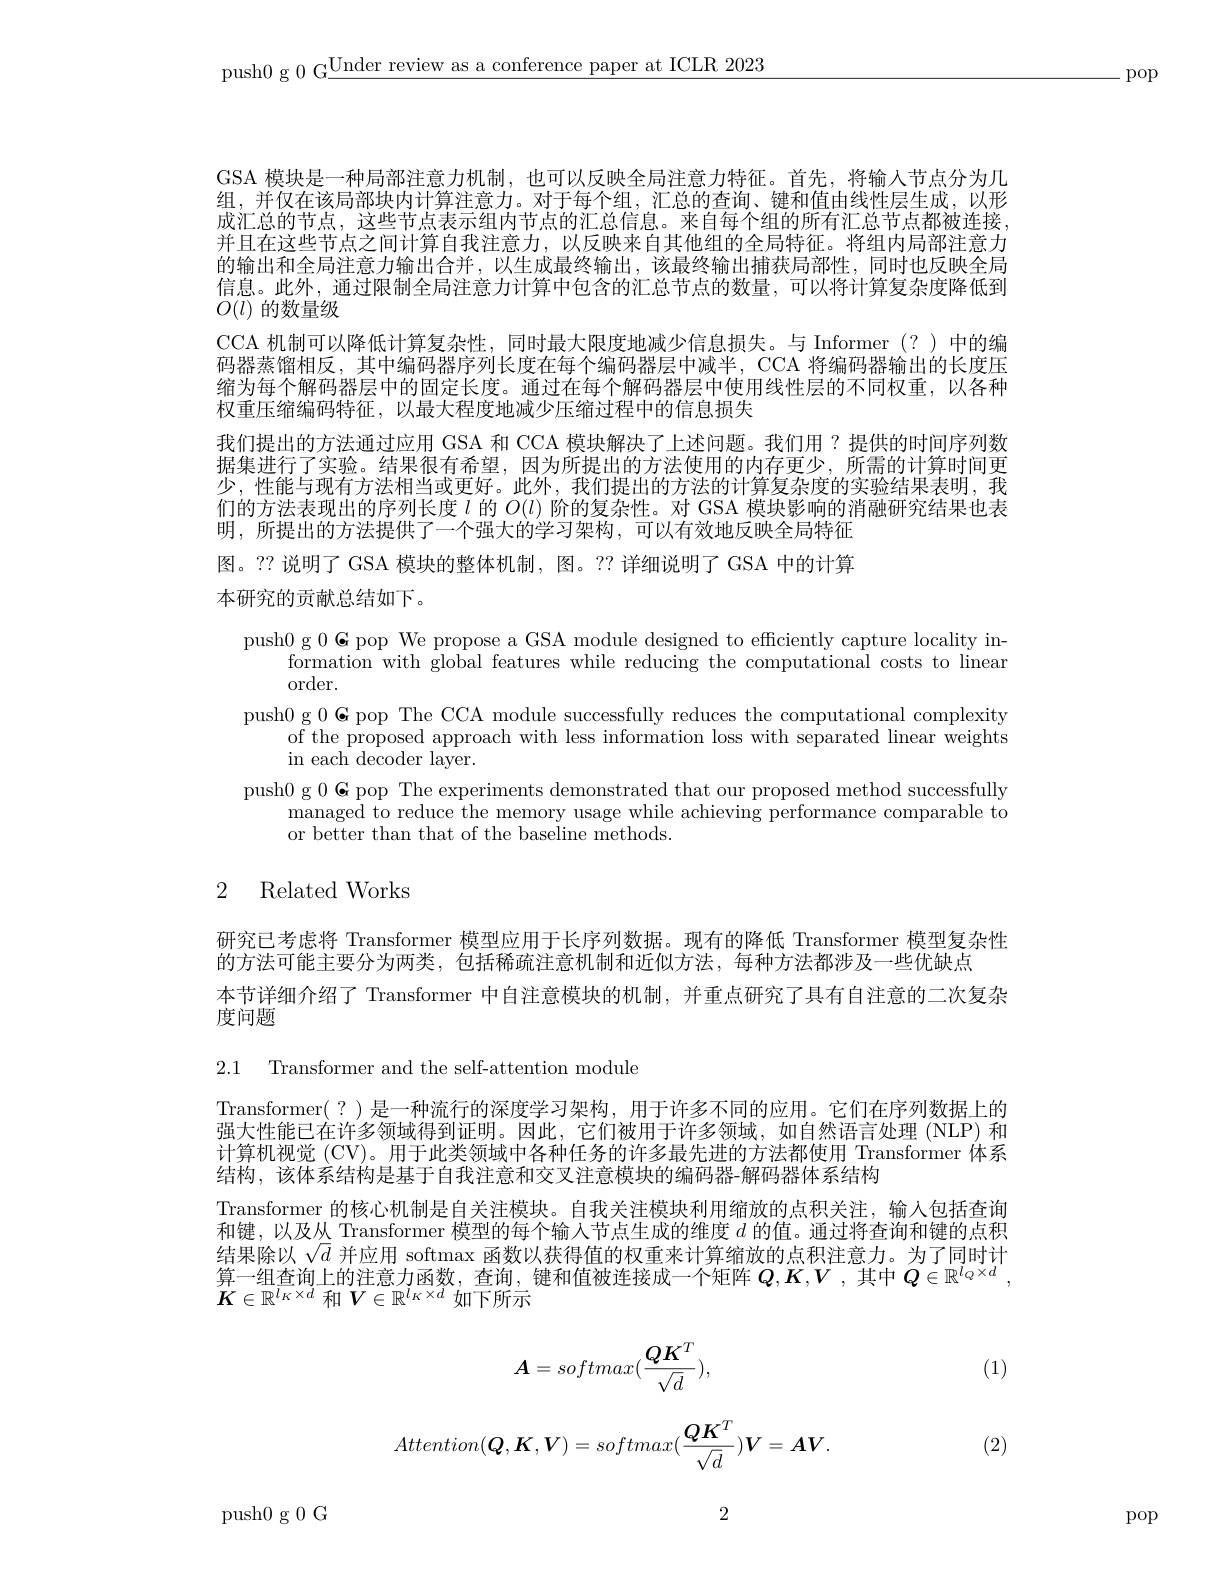
push0 g 0 G$\underline\text{Under review as a conference paper at ICLR 2023}$

-pop

GSA 模块是一种局部注意力机制，也可以反映全局注意力特征。首先，将输入节点分为几组，并仅在该局部块内计算注意力。对于每个组，汇总的查询、键和值由线性层生成，以形成汇总的节点，这些节点表示组内节点的汇总信息。来自每个组的所有汇总节点都被连接， 并且在这些节点之间计算自我注意力，以反映来自其他组的全局特征。将组内局部注意力的输出和全局注意力输出合并，以生成最终输出，该最终输出捕获局部性，同时也反映全局信息。此外，通过限制全局注意力计算中包含的汇总节点的数量，可以将计算复杂度降低到$O(l)$的数量级
CCA 机制可以降低计算复杂性，同时最大限度地减少信息损失。与 Informer(?)中的编码器蒸馏相反，其中编码器序列长度在每个编码器层中减半，CCA 将编码器输出的长度压缩为每个解码器层中的固定长度。通过在每个解码器层中使用线性层的不同权重，以各种权重压缩编码特征，以最大程度地减少压缩过程中的信息损失
我们提出的方法通过应用 GSA 和 CCA 模块解决了上述问题。我们用？提供的时间序列数据集进行了实验。结果很有希望，因为所提出的方法使用的内存更少，所需的计算时间更少，性能与现有方法相当或更好。此外，我们提出的方法的计算复杂度的实验结果表明，我们的方法表现出的序列长度$l$的$O(l)$阶的复杂性。对 GSA 模块影响的消融研究结果也表明，所提出的方法提供了一个强大的学习架构，可以有效地反映全局特征图。?? 说明了 GSA 模块的整体机制，图。?? 详细说明了 GSA 中的计算本研究的贡献总结如下。

push0 g 0 G pop We propose a GSA module designed to effciently capture locality in-
formation with global features while reducing the computational costs to linear
order.
push0 g $0\textbf{G pop The CCA module successfully reduces the computational complexity}$
of the proposed approach with less information loss with separated linear weights
in each decoder layer.
push0 g $0\textbf{G pop The experiments demonstrated that our proposed method successfully}$
managed to reduce the memory usage while achieving performance comparable to
or better than that of the baseline methods.

# 2 Related Works

研究已考虑将 Transformer 模型应用于长序列数据。现有的降低 Transformer 模型复杂性
的方法可能主要分为两类，包括稀疏注意机制和近似方法，每种方法都涉及一些优缺点
本节详细介绍了 Transformer 中自注意模块的机制，并重点研究了具有自注意的二次复杂
度问题

2.1 Transformer and the self-attention module

Transformer(?)是一种流行的深度学习架构，用于许多不同的应用。它们在序列数据上的强大性能已在许多领域得到证明。因此，它们被用于许多领域，如自然语言处理(NLP) 和计算机视觉 (CV)。用于此类领域中各种任务的许多最先进的方法都使用 Transformer 体系结构，该体系结构是基于自我注意和交叉注意模块的编码器-解码器体系结构

Transformer 的核心机制是自关注模块。自我关注模块利用缩放的点积关注，输入包括查询和键，以及从 Transformer 模型的每个输入节点生成的维度$d$的值。通过将查询和键的点积结果除以$\sqrt{d}$并应用 softmax 函数以获得值的权重来计算缩放的点积注意力。为了同时计算一组查询上的注意力函数，查询，键和值被连接成一个矩阵$Q,K,V$ ,其中$Q\in\mathbb{R}^l_Q\times d$ $K\in\mathbb{R}^{\overline{l_K}\times d}$和$V\in\mathbb{R}^l_K\times d$如下所示
$$A=softmax(\frac{QK^T}{\sqrt{d}}),$$
(1)
$$Attention(\boldsymbol{Q},\boldsymbol{K},\boldsymbol{V})=softmax(\frac{\boldsymbol{Q}\boldsymbol{K}^T}{\sqrt{d}})\boldsymbol{V}=\boldsymbol{A}\boldsymbol{V}.$$
$I.$ (2)

2

push0g 0G

pop